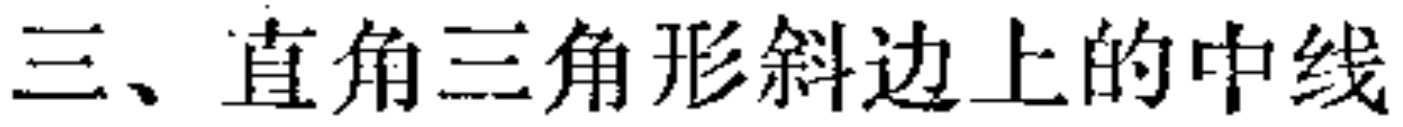
三、直角三角形斜边上的中线